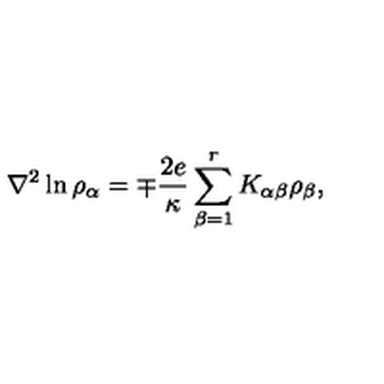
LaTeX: { \nabla } ^ { 2 } \ln { { \rho } _ { \alpha } } = \mp { \frac { 2 e } { \kappa } } \sum _ { \beta = 1 } ^ { r } K _ { \alpha \beta } { \rho } _ { \beta } ,